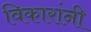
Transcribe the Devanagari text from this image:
विकारांनी